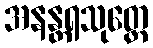
အနန္တရသုတ္တေ